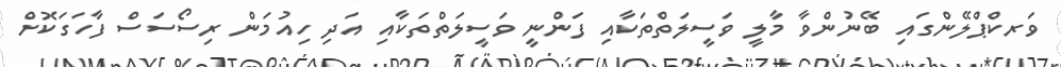
ވަރކްޕްލޭންގައި ބޭނުންވާ މާލީ ވަސީލަތްތަކާއި ފަންނީ ވަސީލަތްތަކާއި އަދި ހިއުމަން ރިސޯސަސް ފާހަގަކޮށް